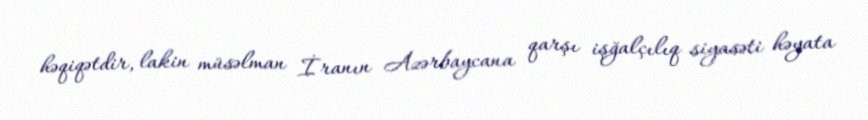
həqiqətdir, lakin müsəlman İranın Azərbaycana qarşı işğalçılıq siyasəti həyata